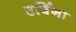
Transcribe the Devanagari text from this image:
उर्बिना